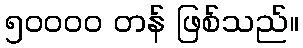
၅၀၀၀၀ တန် ဖြစ်သည်။